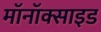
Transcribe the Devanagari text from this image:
मॉनॉक्साइड